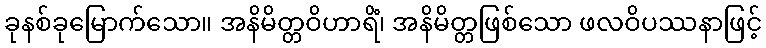
ခုနစ်ခုမြောက်သော။ အနိမိတ္တဝိဟာရိံ၊ အနိမိတ္တဖြစ်သော ဖလဝိပဿနာဖြင့်